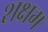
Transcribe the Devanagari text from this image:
शक्षम